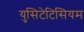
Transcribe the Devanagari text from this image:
युसिटेटिसियम